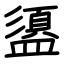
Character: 盨